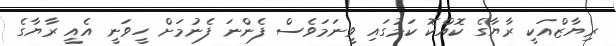
ރިޔާޒްއަކީ ރާޔާގެ ކޮއްކޮ ކަމުގައި ވީނަމަވެސް ފެންނަ ފެނުމަށް ހީވަނީ އެއީ ރާޔާގެ